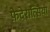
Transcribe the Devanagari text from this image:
फ़ेदेरात्सिया